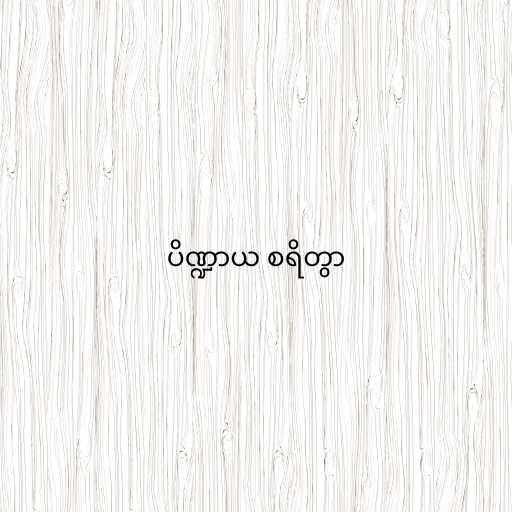
ပိဏ္ဍာယ စရိတွာ